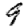
Digit: 9